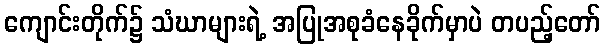
ကျောင်းတိုက်၌ သံဃာများရဲ့ အပြုအစုခံနေခိုက်မှာပဲ တပည့်တော်